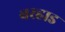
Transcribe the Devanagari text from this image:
बरहाड